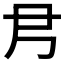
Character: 𡰴